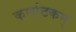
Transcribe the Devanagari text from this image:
कर्णाटकम्